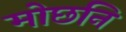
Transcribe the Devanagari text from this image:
मोछनि